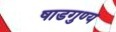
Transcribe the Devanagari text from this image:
षाडगुण्य